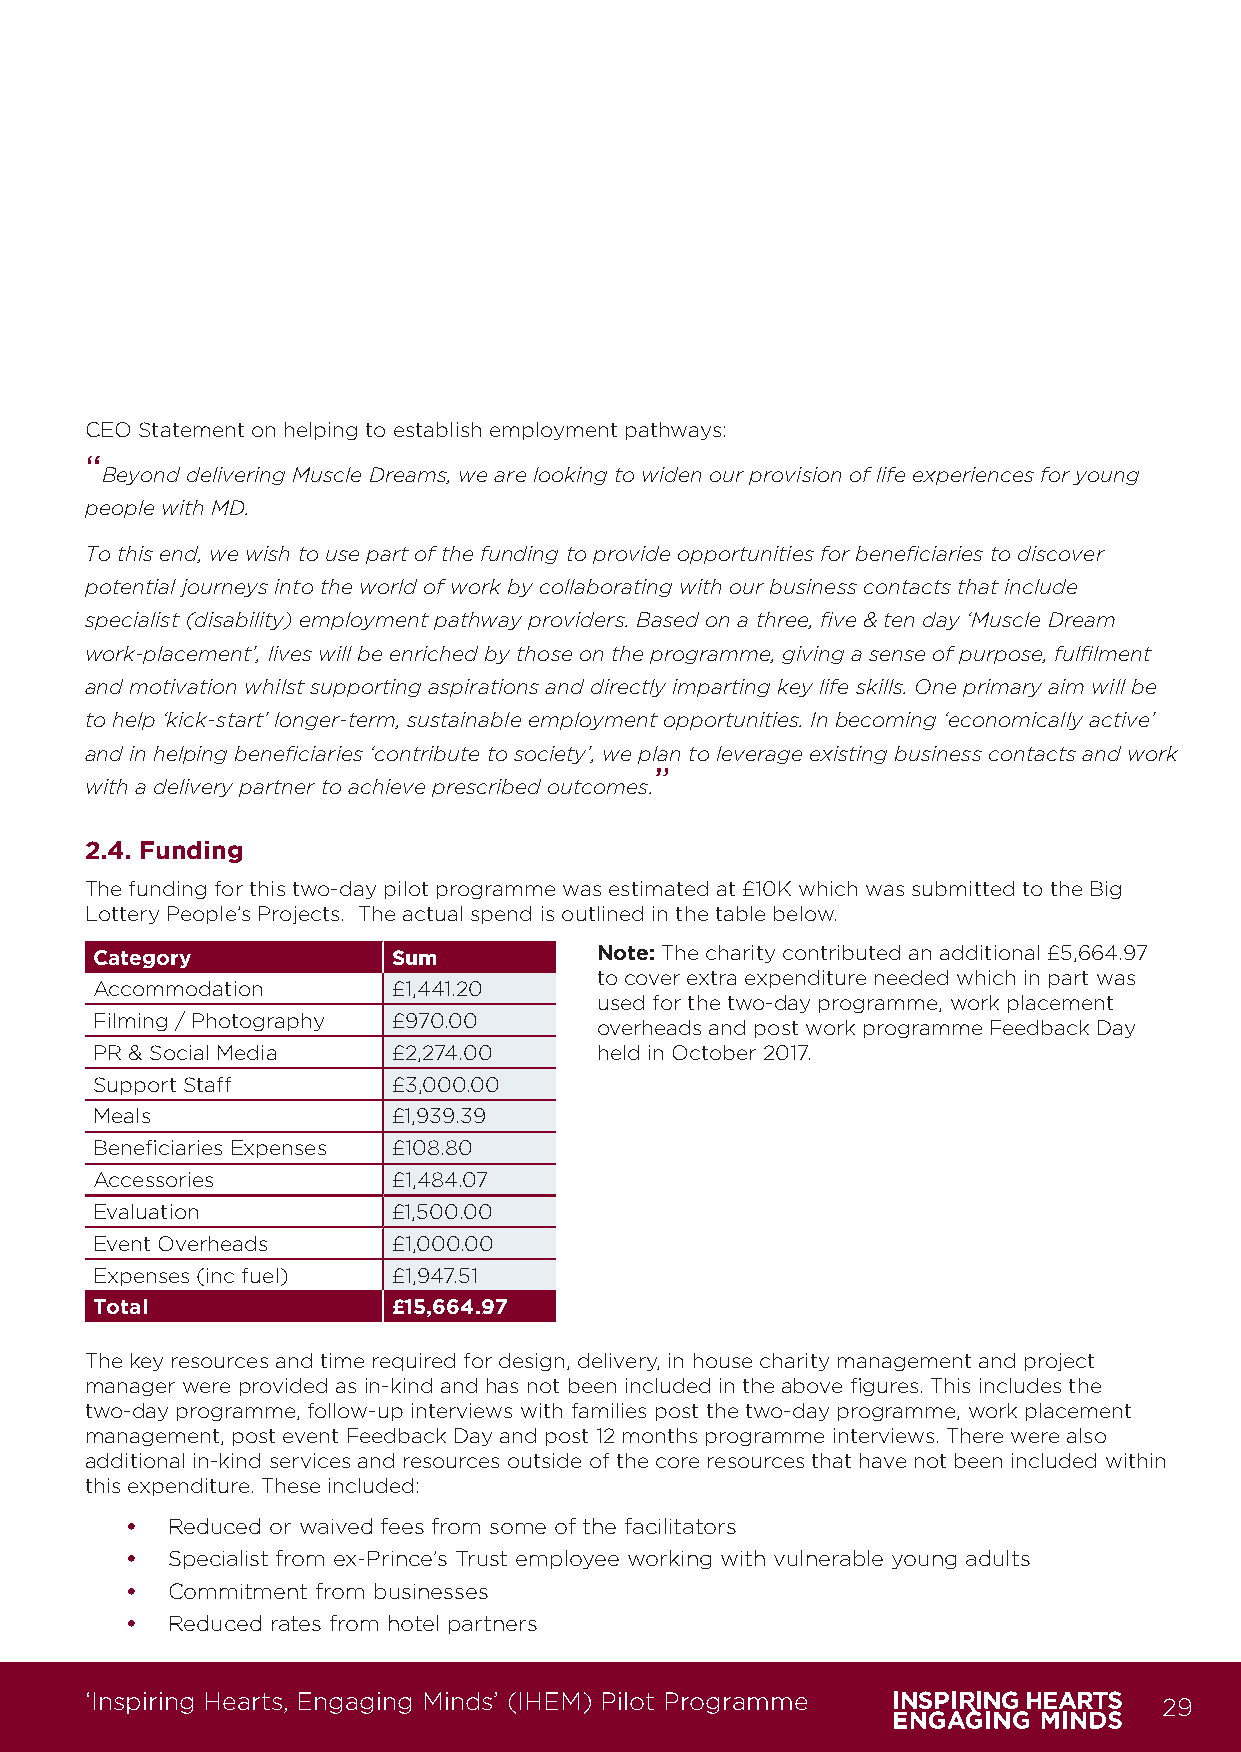
CEO Statement on helping to establish employment pathways:
 “
 Beyond delivering Muscle Dreams, we are looking to widen our provision of life experiences for young
 people with MD.
 To this end, we wish to use part of the funding to provide opportunities for beneficiaries to discover
 potential journeys into the world of work by collaborating with our business contacts that include
 specialist (disability) employment pathway providers. Based on a three, five & ten day ‘Muscle Dream
 work-placement’, lives will be enriched by those on the programme, giving a sense of purpose, fulfilment
 and motivation whilst supporting aspirations and directly imparting key life skills. One primary aim will be
 to help ‘kick-start’ longer-term, sustainable employment opportunities. In becoming ‘economically active’
 and in helping beneficiaries ‘contribute to society’, we plan to leverage existing business contacts and work
 ”
 with a delivery partner to achieve prescribed outcomes.
 2.4. Funding
 The funding for this two-day pilot programme was estimated at £10K which was submitted to the Big
 Lottery People’s Projects. The actual spend is outlined in the table below.
 Category            Sum           Note: The charity contributed an additional £5,664.97
 to cover extra expenditure needed which in part was
 Accommodation       £1,441.20
 used for the two-day programme, work placement
 Filming / Photography £970.00
 overheads and post work programme Feedback Day
 PR & Social Media   £2,274.00     held in October 2017.
 Support Staff       £3,000.00
 Meals               £1,939.39
 Beneficiaries Expenses £108.80
 Accessories         £1,484.07
 Evaluation          £1,500.00
 Event Overheads     £1,000.00
 Expenses (inc fuel) £1,947.51
 Total               £15,664.97
 The key resources and time required for design, delivery, in house charity management and project
 manager were provided as in-kind and has not been included in the above figures. This includes the
 two-day programme, follow-up interviews with families post the two-day programme, work placement
 management, post event Feedback Day and post 12 months programme interviews. There were also
 additional in-kind services and resources outside of the core resources that have not been included within
 this expenditure. These included:
 •  Reduced or waived fees from some of the facilitators
 •  Specialist from ex-Prince’s Trust employee working with vulnerable young adults
 •  Commitment from businesses
 •  Reduced rates from hotel partners
 ‘Inspiring Hearts, Engaging Minds’ (IHEM) Pilot Programme              29
 IHEM-Evaluation-Summary-Report_Brand Compliant.indd 29                  29/09/2020 06:59:22